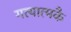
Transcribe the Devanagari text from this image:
गत्यात्मकै